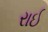
રાઈ